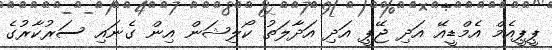
ޕީޕީއެމް އެމްޑީއޭ އަދި ޖޭޕީ އަދި އަދާލަތު ކޯލިޝަން އިން ގެނައި ސަރުކާރުގެ